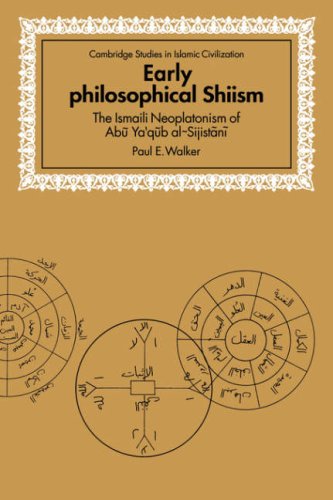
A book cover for Early Philosophical Shiism: The Isma'ili Neoplatonism of Abu Ya'qub al-Sijistani (Cambridge Studies in Islamic Civilization); Paul E. Walker; Religion & Spirituality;